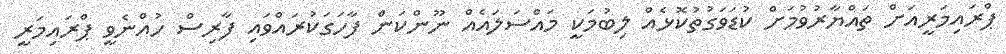
ޕްރައިމަރީއަށް ތައްޔާރުވުމަށް ކުޑަވަގުތުކޮޅެއް ލިބުމަކީ މައްސަލައެއް ނޫންކަން ފާހަގަކުރައްވައި ފާރިސް ހުއްނެވީ ޕްރައިމަރީ